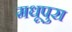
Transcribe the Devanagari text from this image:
मधूपुरा